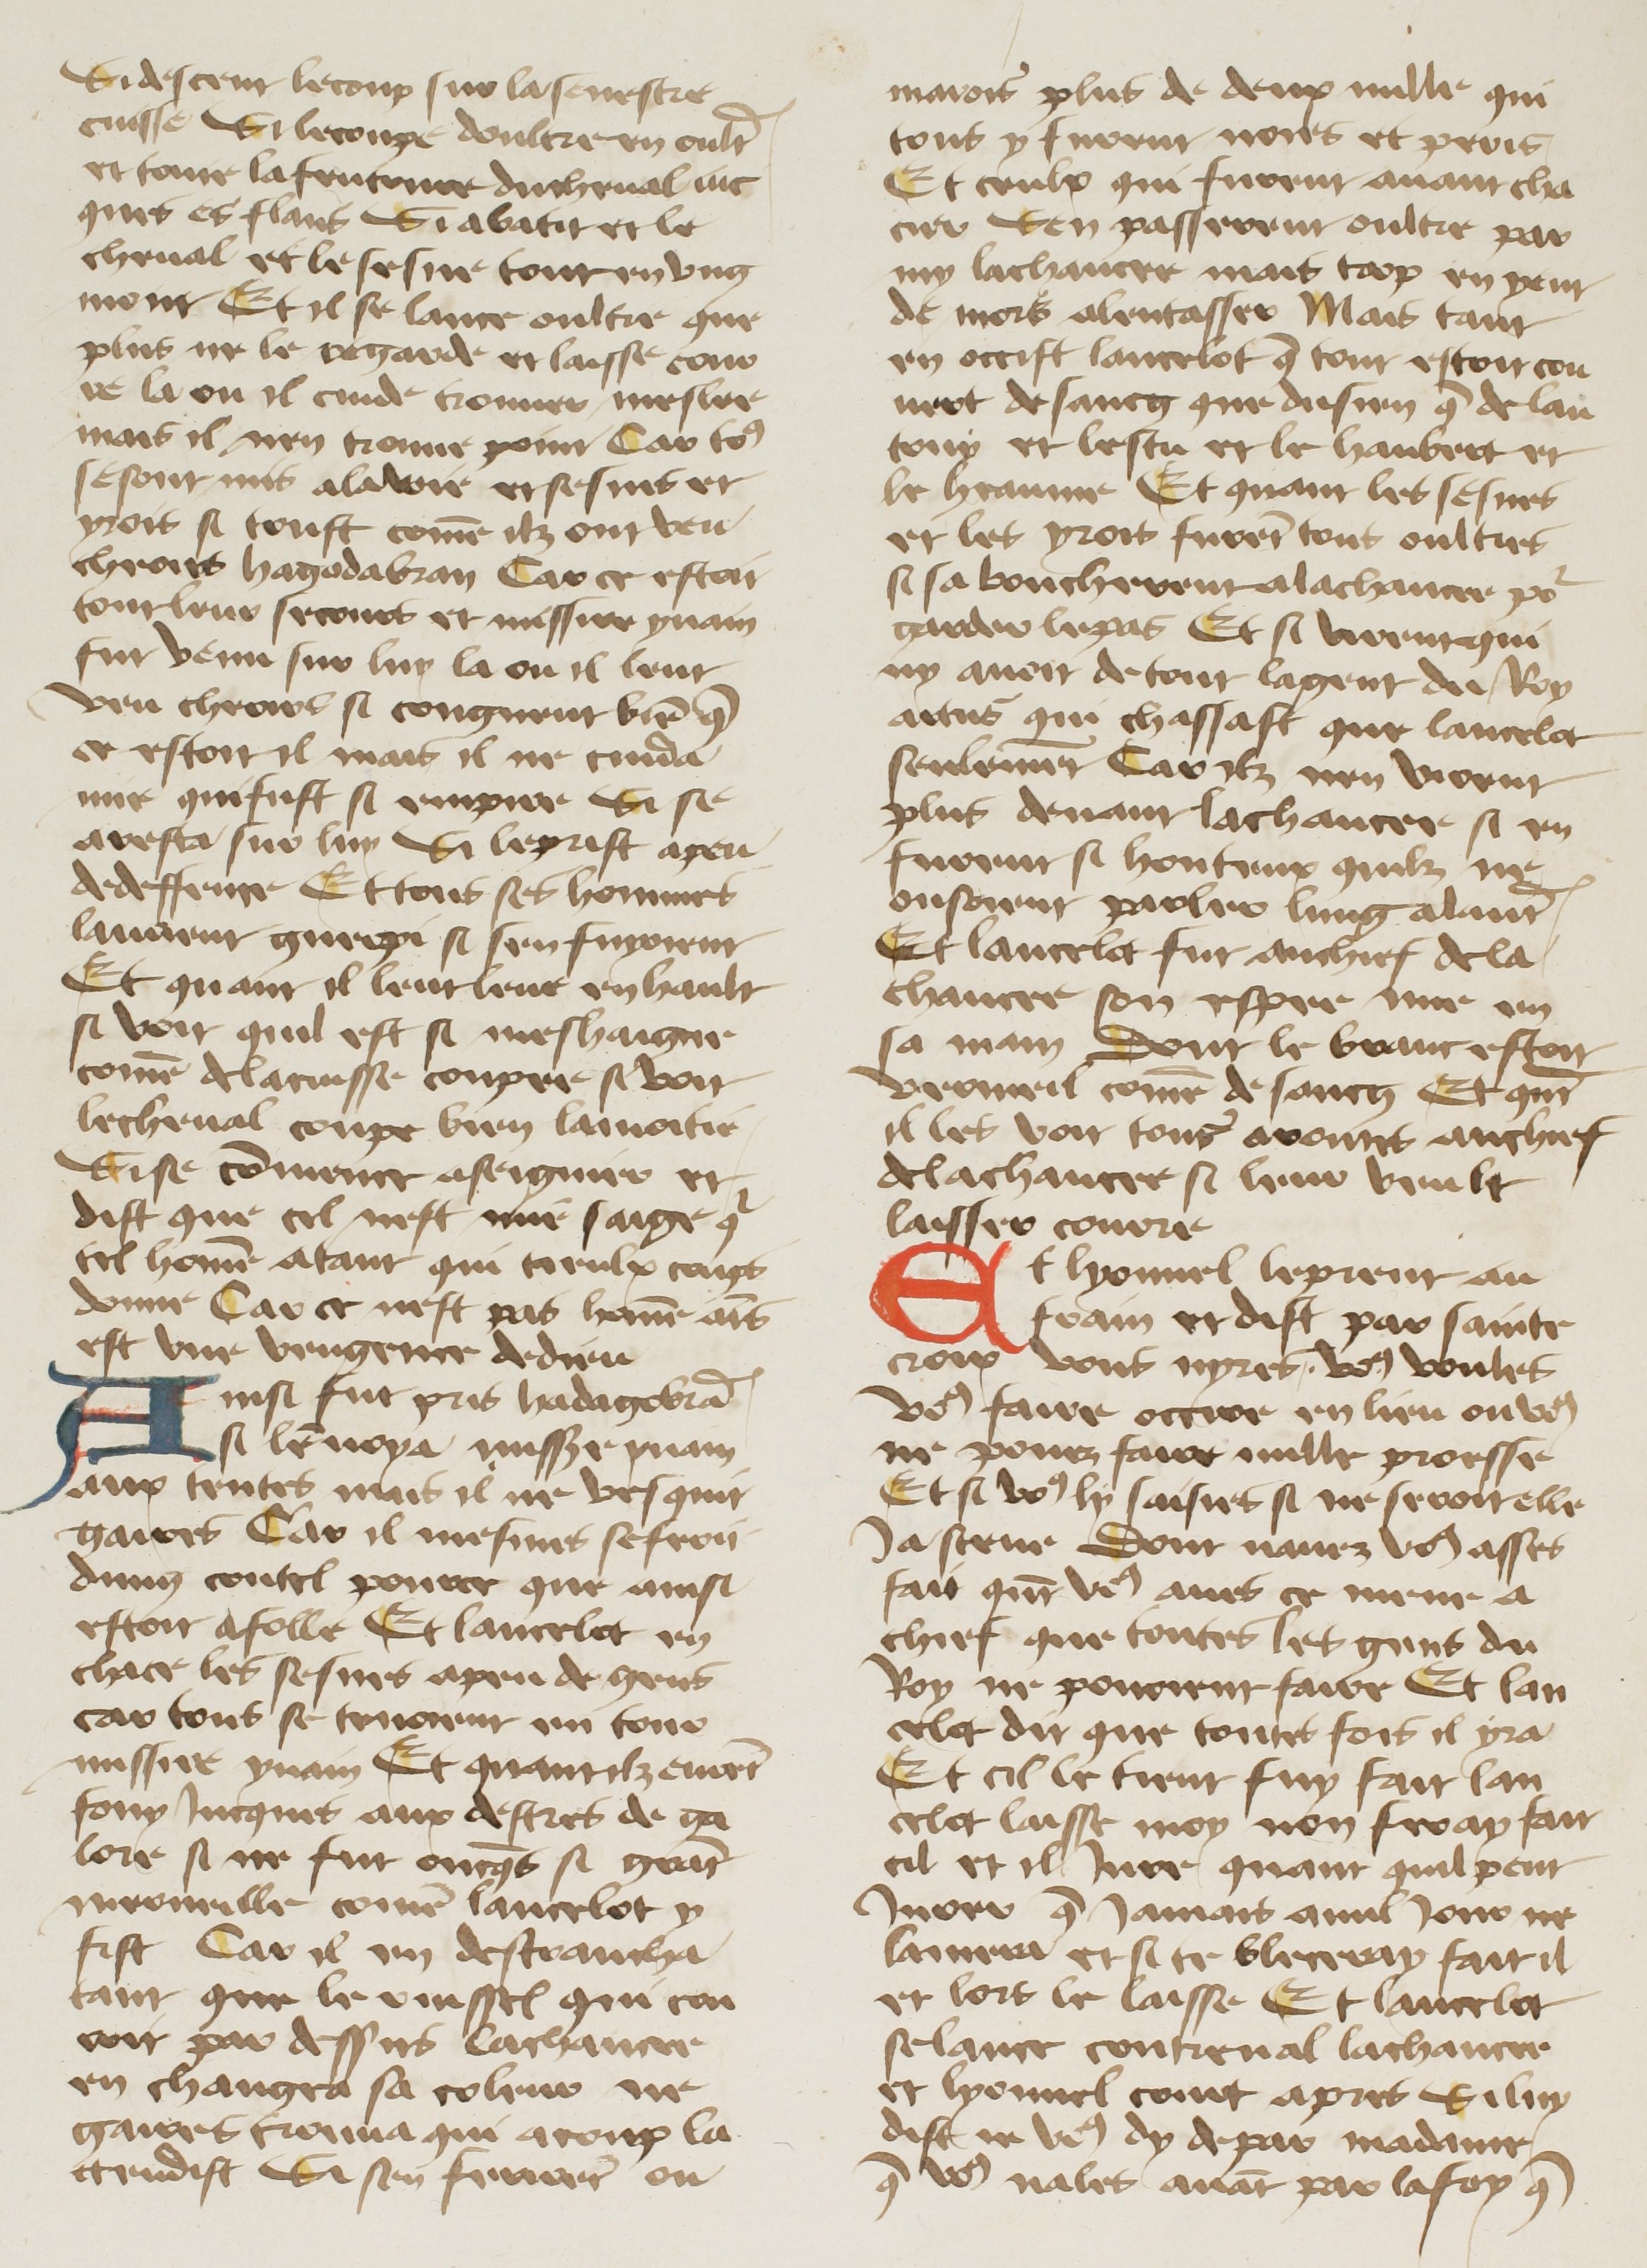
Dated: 1400–1499